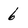
Character: 6